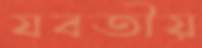
যবতীয়